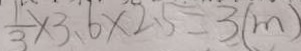
\frac { 1 } { 3 } \times 3 . 6 \times 2 . 5 = 3 ( m )